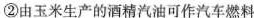
②由玉米生产的酒精汽油可作汽车燃料